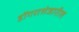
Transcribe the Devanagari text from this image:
डोंगराशेजारील